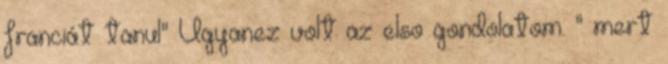
franciát tanul" Ugyanez volt az elso gondolatom. " mert